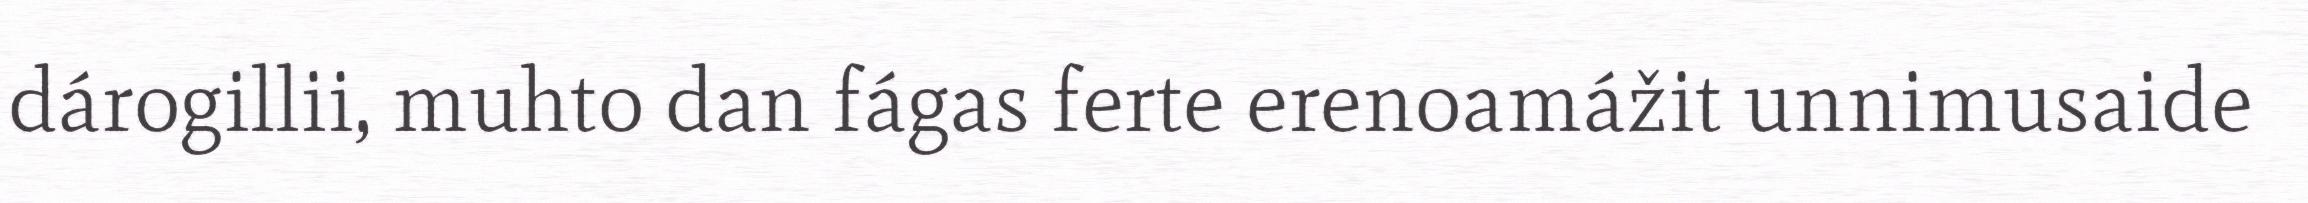
dárogillii, muhto dan fágas ferte erenoamážit unnimusaide